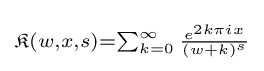
\scriptstyle {\mathfrak {K}}(w,x,s)=\sum _{k=0}^{\infty }{e^{2k\pi ix} \over (w+k)^{s}}